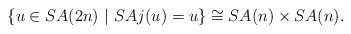
LaTeX: \begin{align*}\{u\in SA(2n)~|~SAj(u)=u\}\cong SA(n)\times SA(n)\text.\end{align*}